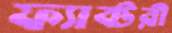
ফ্যাক্টরী